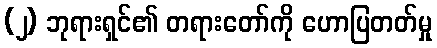
(၂) ဘုရားရှင်၏ တရားတော်ကို ဟောပြတတ်မှု